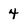
Character: 4